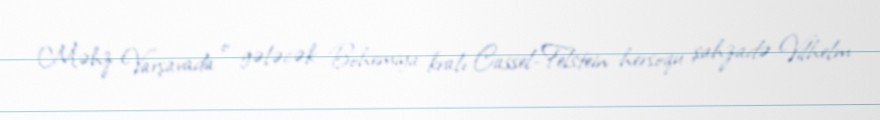
Məhz Varşavada o gələcək Bohemiya kralı Cassel-Felstein hersoqu şahzadə Vilhelm